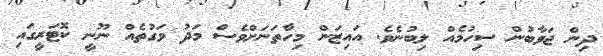
ދިން ޖަވާބުން ސިހުމެއް ލިބުނެވެ. އައިޒަން މިހާތަނަށްވެސް މަދު ވަގުތެއް ނޫނީ ކޮޓަރީގައި